Vaccination in the Punjab 1897-1904 - 1897-1904
Year: 1897
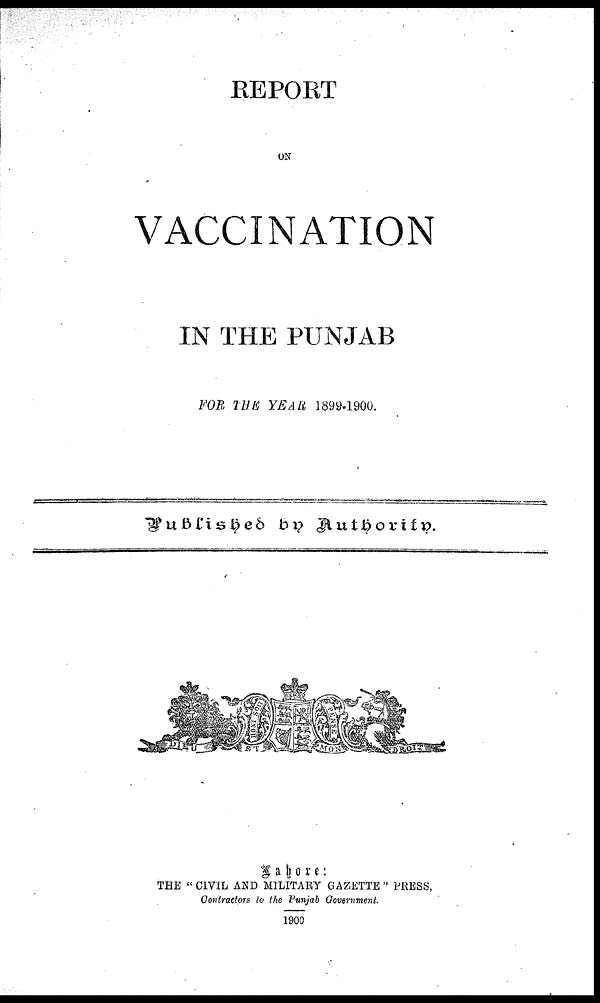
REPORT
ON
VACCINATION
IN THE PUNJAB
FOR THE YEAR 1899-1900.
Published
by
Authority.
Lahore:
THE "CIVIL AND MILITARY GAZETTE" PRESS,
Contractors to the Punjab Government.
1900